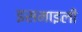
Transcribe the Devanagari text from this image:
इसमाइली